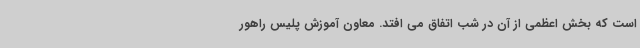
است که بخش اعظمی از آن در شب اتفاق می افتد. معاون آموزش پلیس راهور